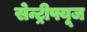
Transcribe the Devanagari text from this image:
सेन्ट्रीफ्यूज